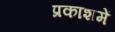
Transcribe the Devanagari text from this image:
प्रकाशमें